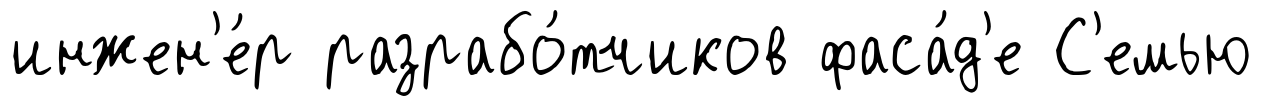
инжен'е́р разрабо́тчиков фаса́д'е С'емью